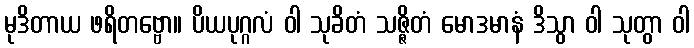
မုဒိတာယ ဖရိတဗ္ဗော။ ပိယပုဂ္ဂလံ ဝါ သုခိတံ သဇ္ဇိတံ မောဒမာနံ ဒိသွာ ဝါ သုတွာ ဝါ